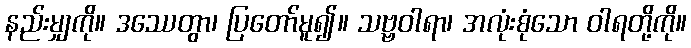
နည်းမျှကို။ ဒဿေတွာ၊ ပြတော်မူ၍။ သဗ္ဗဝါရာ၊ အလုံးစုံသော ဝါရတို့ကို။